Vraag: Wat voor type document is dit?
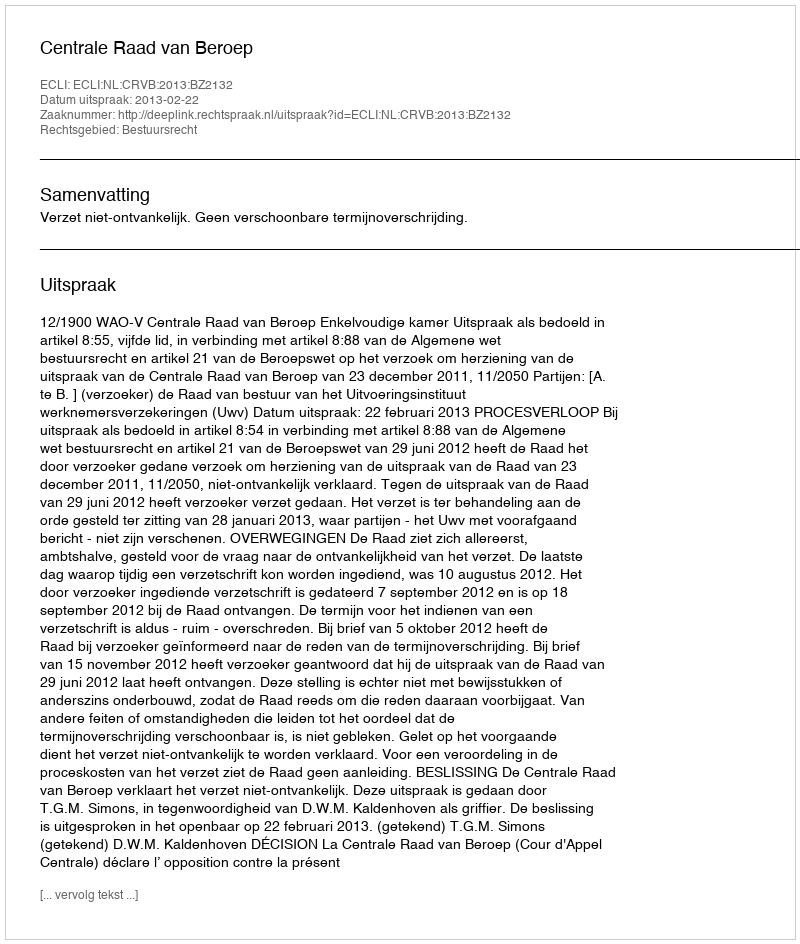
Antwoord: Uitspraak